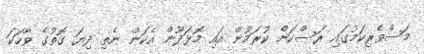
މަސްވެރިކަމުގައި ރަސްކަން ކުރަމުން އައި މޮޅަދޫން އެކަން ނެތި ދިޔަ ގޮތުގެ ވާހަކަ